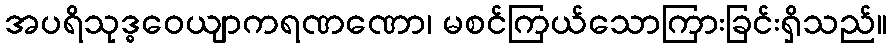
အပရိသုဒ္ဓဝေယျာကရဏဏော၊ မစင်ကြယ်သောကြားခြင်းရှိသည်။